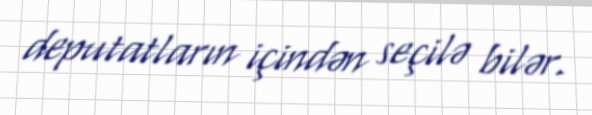
deputatların içindən seçilə bilər.